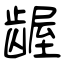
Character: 龌